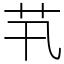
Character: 䒖